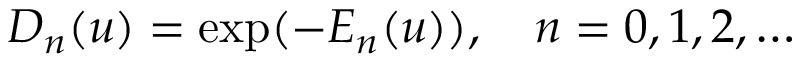
D _ { n } ( u ) = \exp ( - E _ { n } ( u ) ) , \quad n = 0 , 1 , 2 , \ldots